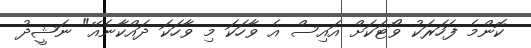
ކޮންމެ ފަހަރަކު ވޯޓަކަށް އައިސް އެ ވާހަކަ މި ވާހަކަ ދައްކާނެއޭ" ނަޝީދު